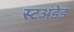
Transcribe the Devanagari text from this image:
स्टअंडेड